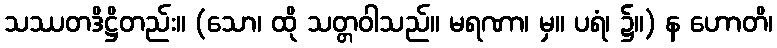
သဿတဒိဋ္ဌိတည်း။ (သော၊ ထို သတ္တဝါသည်။ မရဏာ၊ မှ။ ပရံ၊ ၌။) န ဟောတိ၊